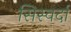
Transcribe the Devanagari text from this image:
सिस्वर्दा